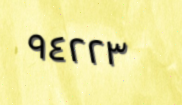
٩٤٢٢٣